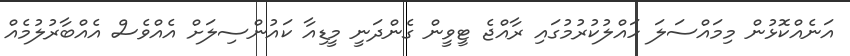
އަނެއްކޮޅުން މިމައްސަލަަ ހައްލުކުރުމުގައި ރާއްޖެ ޓީވީން ގެންދަނީ މީޑިއާ ކައުންސިލަށް އެއްވެސް އެއްބާރުލުމެއް